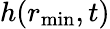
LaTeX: h(r_{\operatorname*{min}},t)